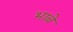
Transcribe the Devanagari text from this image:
भाबे